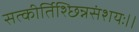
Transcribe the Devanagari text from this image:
सत्कीर्तिश्छिन्नसंशयः।।